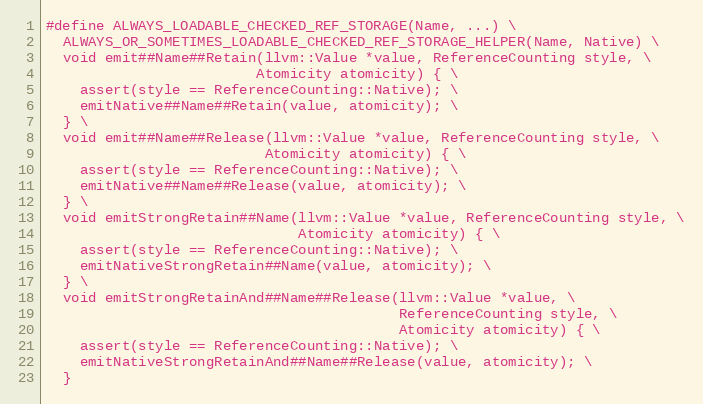
Language: C
#define ALWAYS_LOADABLE_CHECKED_REF_STORAGE(Name, ...) \
  ALWAYS_OR_SOMETIMES_LOADABLE_CHECKED_REF_STORAGE_HELPER(Name, Native) \
  void emit##Name##Retain(llvm::Value *value, ReferenceCounting style, \
                         Atomicity atomicity) { \
    assert(style == ReferenceCounting::Native); \
    emitNative##Name##Retain(value, atomicity); \
  } \
  void emit##Name##Release(llvm::Value *value, ReferenceCounting style, \
                          Atomicity atomicity) { \
    assert(style == ReferenceCounting::Native); \
    emitNative##Name##Release(value, atomicity); \
  } \
  void emitStrongRetain##Name(llvm::Value *value, ReferenceCounting style, \
                              Atomicity atomicity) { \
    assert(style == ReferenceCounting::Native); \
    emitNativeStrongRetain##Name(value, atomicity); \
  } \
  void emitStrongRetainAnd##Name##Release(llvm::Value *value, \
                                          ReferenceCounting style, \
                                          Atomicity atomicity) { \
    assert(style == ReferenceCounting::Native); \
    emitNativeStrongRetainAnd##Name##Release(value, atomicity); \
  }